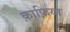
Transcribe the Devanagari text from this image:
क़ाफ़िया